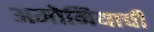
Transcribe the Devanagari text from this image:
अमोनियाची